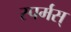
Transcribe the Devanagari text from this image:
स्पर्मस्‌